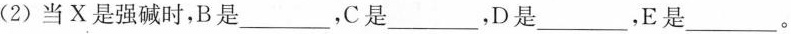
(2)当X是强碱时，B是___，C是___，D是___，E是___。